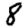
Digit: 8